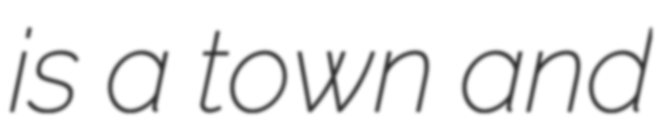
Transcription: is a town and